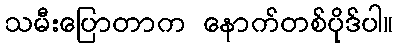
သမီးပြောတာက နောက်တစ်ပိုဒ်ပါ။